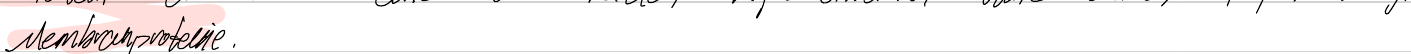
Membranproteine.